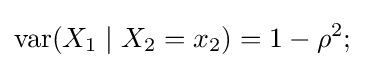
\operatorname {var} (X_{1}\mid X_{2}=x_{2})=1-\rho ^{2};